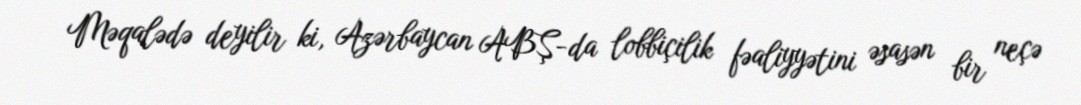
Məqalədə deyilir ki, Azərbaycan ABŞ-da lobbiçilik fəaliyyətini əsasən bir neçə